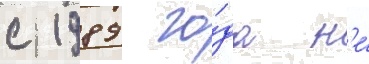
с 1989 го́да н'е́